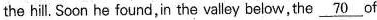
the hill. Soon he found, in the valley below, the \underline{70} of